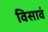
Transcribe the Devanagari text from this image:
विसावं